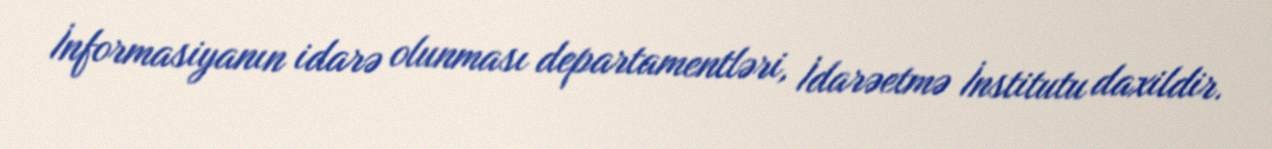
İnformasiyanın idarə olunması departamentləri, İdarəetmə İnstitutu daxildir.